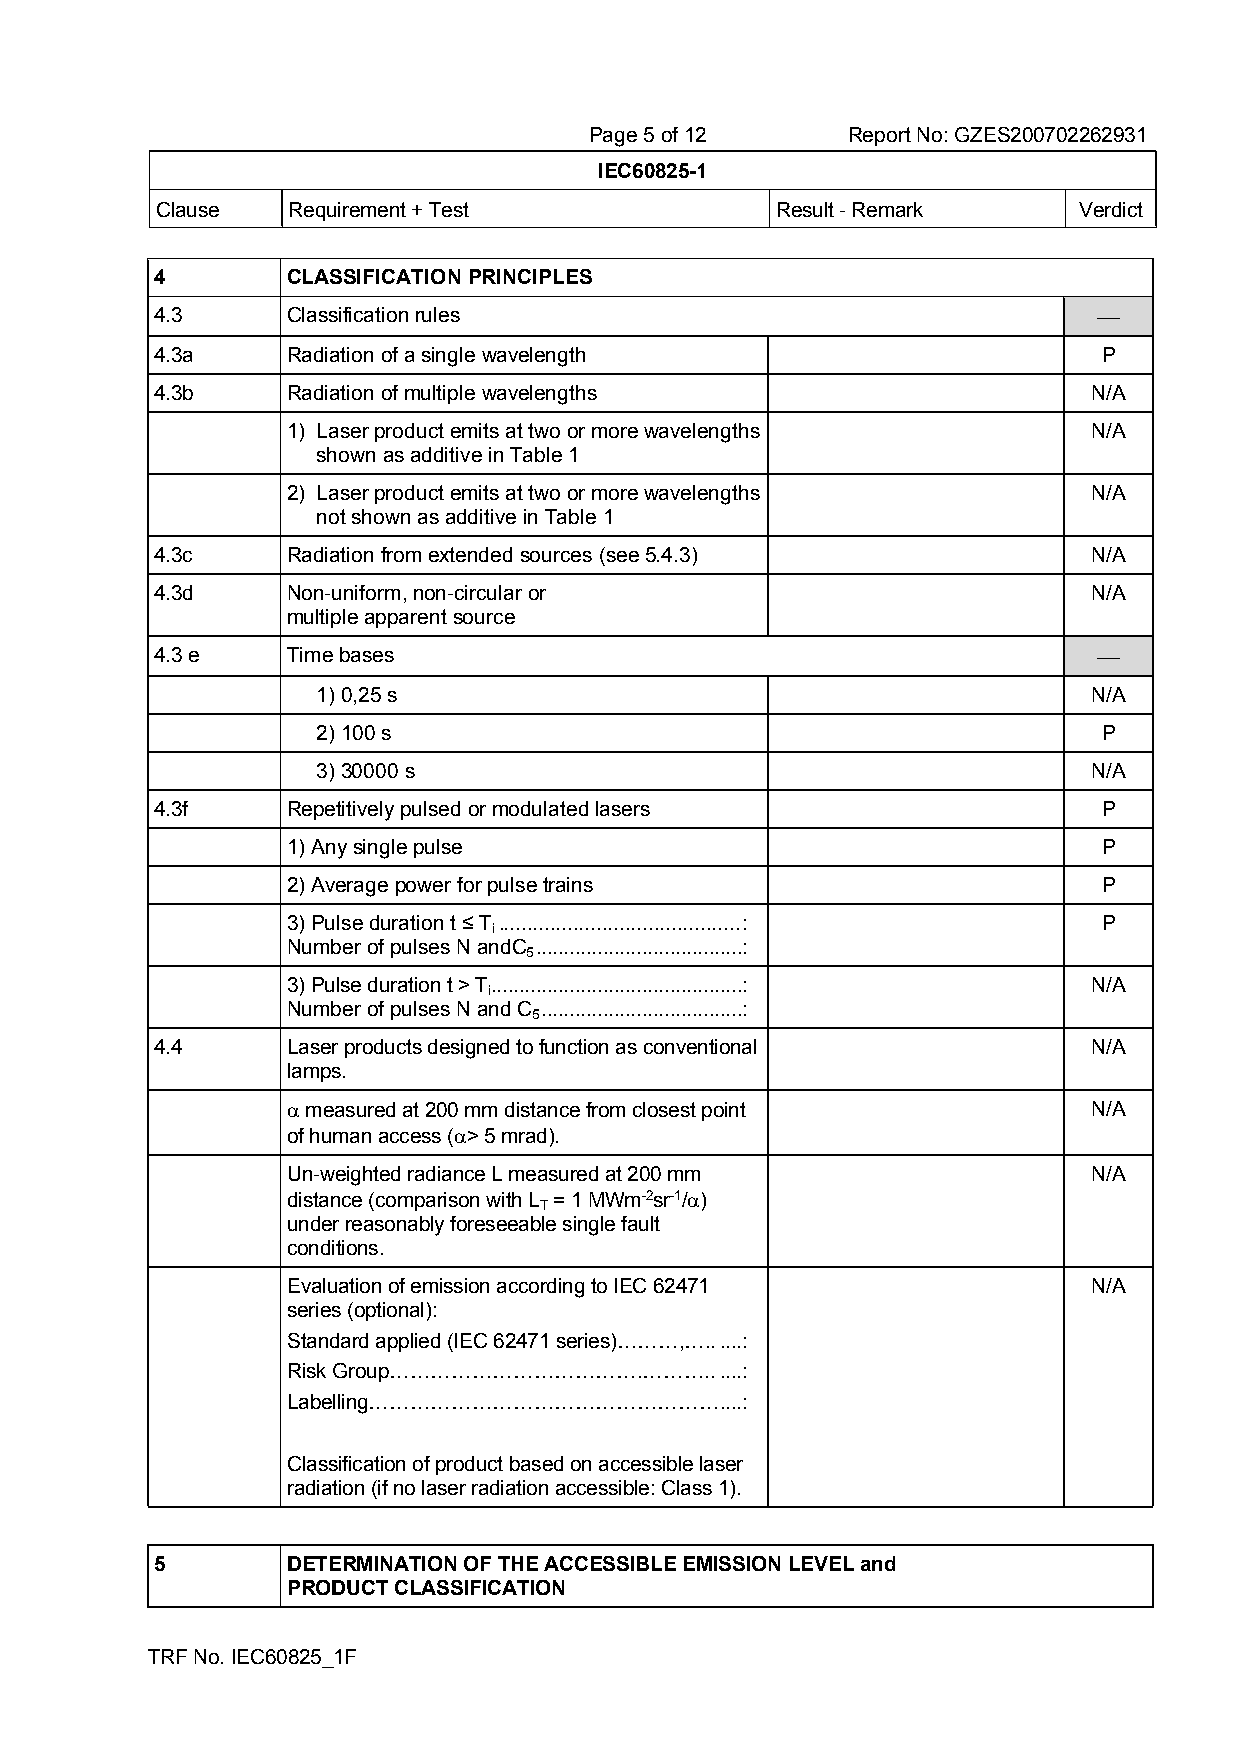
Page 5 of 12     Report No: GZES200702262931
 IEC60825-1
 Clause   Requirement + Test              Result - Remark     Verdict
 4        CLASSIFICATION PRINCIPLES
 4.3      Classification rules                                  
 4.3a     Radiation of a single wavelength                      P
 4.3b     Radiation of multiple wavelengths                    N/A
 1) Laser product emits at two or more wavelengths    N/A
 shown as additive in Table 1
 2) Laser product emits at two or more wavelengths    N/A
 not shown as additive in Table 1
 4.3c     Radiation from extended sources (see 5.4.3)          N/A
 4.3d     Non-uniform, non-circular or                         N/A
 multiple apparent source
 4.3 e    Time bases                                            
 1) 0,25 s                                          N/A
 2) 100 s                                            P
 3) 30000 s                                         N/A
 4.3f     Repetitively pulsed or modulated lasers               P
 1) Any single pulse                                   P
 2) Average power for pulse trains                     P
 3) Pulse duration t ≤ T ..........................................: P
 i
 Number of pulses N andC .....................................:
 5
 3) Pulse duration t > T.............................................: N/A
 i
 Number of pulses N and C ....................................:
 5
 4.4      Laser products designed to function as conventional  N/A
 lamps.
  measured at 200 mm distance from closest point     N/A
 of human access (> 5 mrad).
 Un-weighted radiance L measured at 200 mm            N/A
 distance (comparison with L = 1 MWm-2sr-1/)
 T
 under reasonably foreseeable single fault
 conditions.
 Evaluation of emission according to IEC 62471        N/A
 series (optional):
 Standard applied (IEC 62471 series)………,…......:
 Risk Group……………………………….………......:
 Labelling……………………………………………....:
 Classification of product based on accessible laser
 radiation (if no laser radiation accessible: Class 1).
 5        DETERMINATION OF THE ACCESSIBLE EMISSION LEVEL and
 PRODUCT CLASSIFICATION
 TRF No. IEC60825_1F